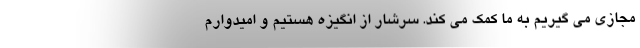
مجازی می گیریم به ما کمک می کند. سرشار از انگیزه هستیم و امیدوارم